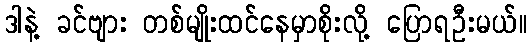
ဒါနဲ့ ခင်ဗျား တစ်မျိုးထင်နေမှာစိုးလို့ ပြောရဦးမယ်။